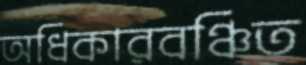
অধিকারবঞ্চিত